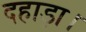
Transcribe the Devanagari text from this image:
दहाड़ा।